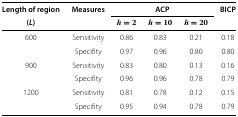
<table><thead><tr><td><b>Length of region</b></td><td><b>Measures</b></td><td colspan="3"><b>ACP</b></td><td><b>BICP</b></td></tr><tr><td><b>(<i>L</i>)</b></td><td>[EMPTY_CELL]</td><td><b><i>h=2</i></b></td><td><b><i>h=10</i></b></td><td><b><i>h=20</i></b></td><td>[EMPTY_CELL]</td></tr></thead><tbody><tr><td>600</td><td>Sensitivity</td><td>0.86</td><td>0.83</td><td>0.21</td><td>0.18</td></tr><tr><td>[EMPTY_CELL]</td><td>Specifity</td><td>0.97</td><td>0.96</td><td>0.80</td><td>0.80</td></tr><tr><td>900</td><td>Sensitivity</td><td>0.83</td><td>0.80</td><td>0.13</td><td>0.16</td></tr><tr><td>[EMPTY_CELL]</td><td>Specifity</td><td>0.96</td><td>0.96</td><td>0.78</td><td>0.79</td></tr><tr><td>1200</td><td>Sensitivity</td><td>0.81</td><td>0.78</td><td>0.12</td><td>0.15</td></tr><tr><td>[EMPTY_CELL]</td><td>Specifity</td><td>0.95</td><td>0.94</td><td>0.78</td><td>0.79</td></tr></tbody></table>